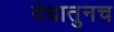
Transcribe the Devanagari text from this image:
वेधातुनच